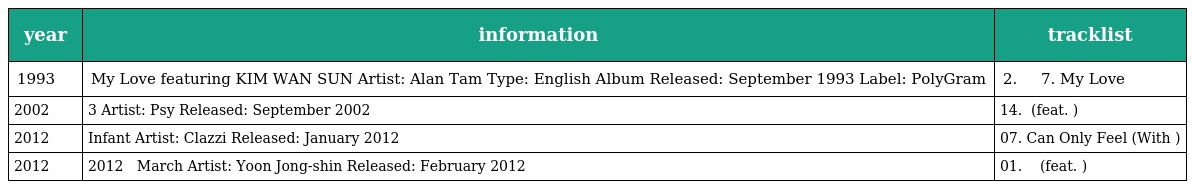
| year | information | tracklist |
 | --- | --- | --- |
 | 1993 | My Love featuring KIM WAN SUN Artist: Alan Tam Type: English Album Released: September 1993 Label: PolyGram | 2. 헤어질 수 없는 우리 7. My Love |
 | 2002 | 3마이 Artist: Psy Released: September 2002 | 14. 안돼요 (feat. 김완선) |
 | 2012 | Infant Artist: Clazzi Released: January 2012 | 07. Can Only Feel (With 김완선) |
 | 2012 | 2012 月刊 尹鍾信 March Artist: Yoon Jong-shin Released: February 2012 | 01. 널 사랑해 오늘따라 (feat. 김완선) |